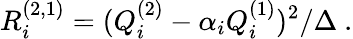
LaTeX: R_{i}^{(2,1)}=(Q_{i}^{(2)}-\alpha_{i}Q_{i}^{(1)})^{2}/\Delta\ .